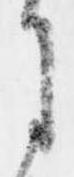
月